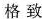
格 致